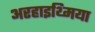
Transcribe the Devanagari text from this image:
अरहाइथ्मिया